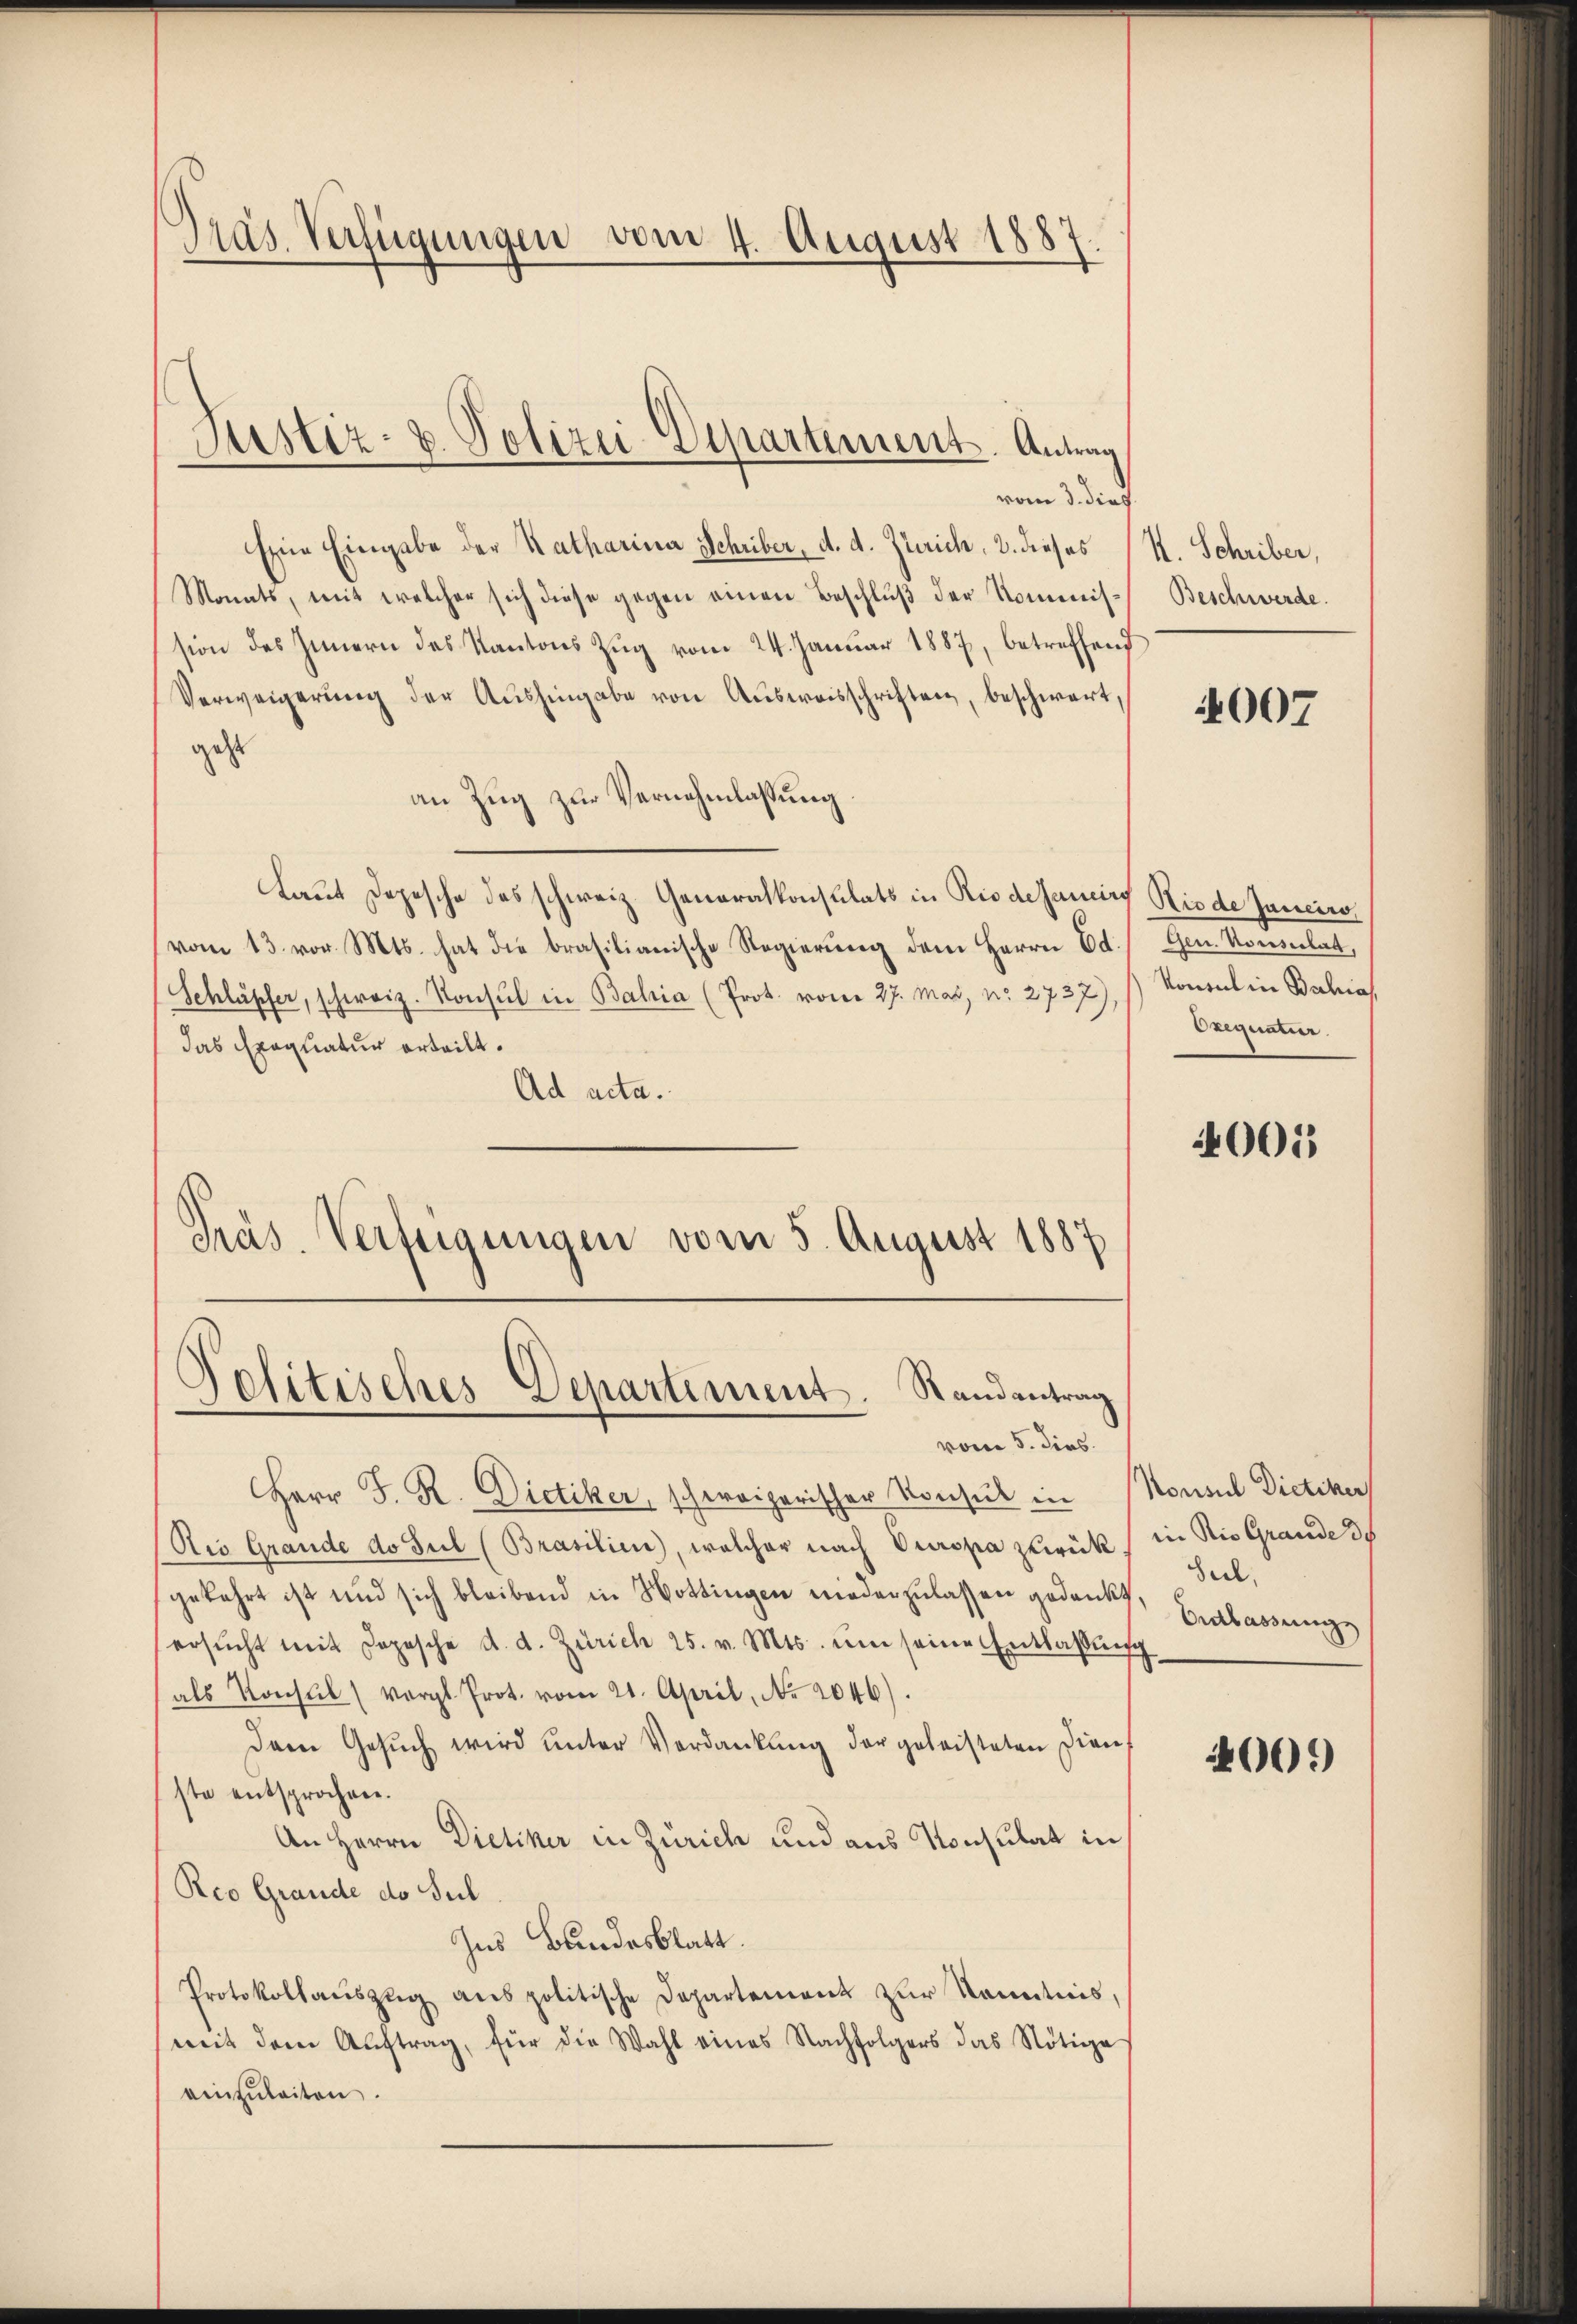
Pras Verfügungen vom 4. August 1887

Justiz- & Polizei-Departement. Antrag

vom 3. dies
Eine Eingabe der Katharina Schriber, d. d. Zürich, 2. dieses
Monats, mit welcher sich diese gegen einen Beschluß der Kommission des Innern des Kantons Zŭg vom 24. Janŭar 1887, betreffend
Verweigerŭng der Aŭshingabe von Ausweisschriften, beschwert,
geht
an Zug zur Vernehmlassung.
Laut Depesche des schweiz. Generalkonsulats in Riodesaucirt Riede Janeir
vom 13. vor. Mts. hat die brasilianische Regierung dem Herrn Ed. Gen. Konsulat,
Schlüpfer, schweiz. Konsul in Bahia (Prok. vom 27. Mai, nr 2737). Vontal in Bahia
das Exequatur erteilt.
Ad acta.
Präs. Verteigungen vom 5. August 1887

Pelitisches Departement. Randantrag
vom 5. dies

Herr J. R. Dietiker, schweizerischer Konsul in Monsul Dietiker
Nis Grande do sul (Brasilien), welcher nach Europa zurück, in die Grande de
gekehrt ist und sich bleibend in Hottingen niederzulassen gedankt, Entlassunge
ersŭcht mit dopesche d. d. Zürich 25. v. Mts. ŭm seine Entlassŭng
als Konsul (vergl. Prot. vom 21. April, No. 2046).
Dem Gesŭch wird unter Verdankung der geleisteten Dien
ste entsprochen.
An Herrn Dietiker in Zürich und aus Konsulat in
Rco Grande do Sul
Ins Bundesblatt.
Protokollauszug aus politische Departement zur Kenntnis,
mit dem Aŭftrag, für die Wahl eines Nachfolgers das Nötige
einzuleiten.

H. Schriber,
Beschwerde.

4007

Orignatur.

4005

Secl.

400)